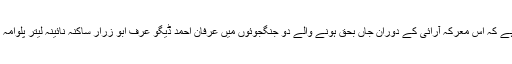
پولیس کی طرف سے جاری ایک بیان میں بتایا گیا ہے کہ اس معرکہ آرائی کے دوران جاں بحق ہونے والے دو جنگجوئوں میں عرفان احمد ڈیگو عرف ابو زرار ساکنہ نائینہ لیتر پلوامہ اور تصدق امین شاہ ساکنہ کدلہ بل پانپور شامل ہیں ۔